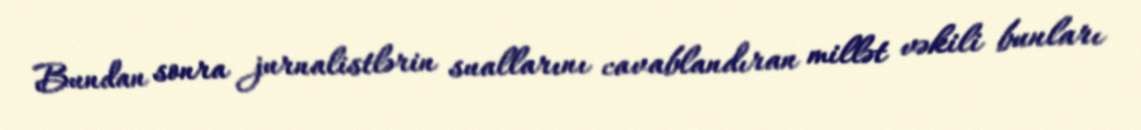
Bundan sonra jurnalistlərin suallarını cavablandıran millət vəkili bunları